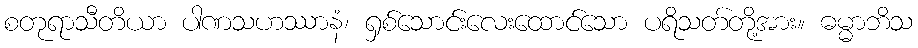
စတုရာသီတိယာ ပါဏသဟဿာနံ၊ ရှစ်သောင်းလေးထောင်သော ပရိသတ်တို့အား။ ဓမ္မာဘိသ